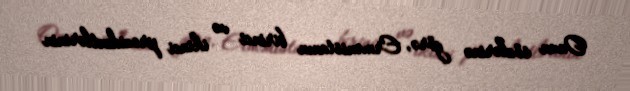
Onun sözlərinə görə, Ermənistanın birinci və ikinci prezidentlərinin